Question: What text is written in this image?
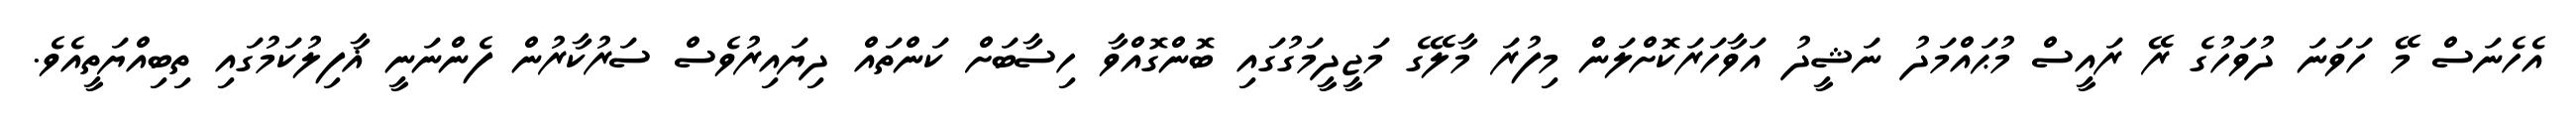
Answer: އެހެނަސް މޭ ހަވަނަ ދުވަހުގެ ރޭ ރައީސް މުޙައްމަދު ނަޝީދު އަވާހަރަކޮށްލަން މިފުރަ މާލޭގެ މަޖީދީމަގުގައި ބޮންގޮއްވާ ހިސާބަށް ކަންތައް ދިޔައިރުވެސް ސަރުކާރުން ފެންނަނީ ޣާފިލުކަމުގައި ތިބިއްޔަތީއެވެ.